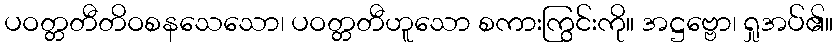
ပဝတ္တတီတိဝစနသေသော၊ ပဝတ္တတီဟူသော စကားကြွင်းကို။ အဋ္ဌဗ္ဗော၊ ရှုအပ်၏။